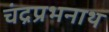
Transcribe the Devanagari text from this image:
चंद्रप्रभनाथ